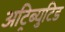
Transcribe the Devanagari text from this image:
अट्रिब्युटिड